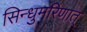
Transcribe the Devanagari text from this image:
सिन्धुमरिणात्